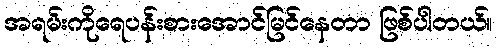
အရမ်းကိုရေပန်းစားအောင်မြင်နေတာ ဖြစ်ပါတယ်။